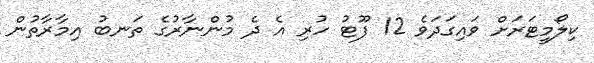
ކިލޯމީޓަރަށް ވައިގަދަވެ 12 ފޫޓު ހުރި އެ ދެ މުންނާރުގެ ތަނބު އިމާރާތުން